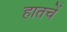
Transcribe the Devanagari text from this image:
हातचें